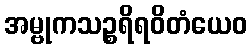
အမ္ဗုကသဉ္စရိရဝိတံယေဝ